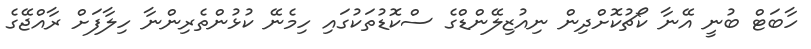
ހާބަޓް ބުނީ އޭނާ ކޯޗުކޮށްދިން ނިއުޒިލޭންޑްގެ ސްކޮޑުތަކުގައި ހިމެނޭ ކުޅުންތެރިންނާ ހިލާފަށް ރާއްޖޭގެ